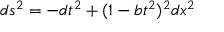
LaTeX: d s ^ { 2 } = - d t ^ { 2 } + ( 1 - b t ^ { 2 } ) ^ { 2 } d x ^ { 2 }